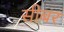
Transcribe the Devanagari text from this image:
सीबर